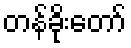
တန်ခိုးတော်